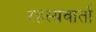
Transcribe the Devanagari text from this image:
रहस्यवार्ता